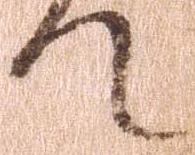
て